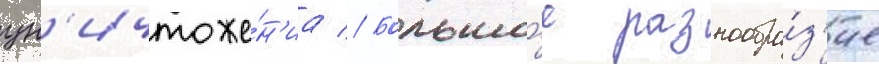
ун'ичтоже́н'иа // Большо́е разнообра́з'ие